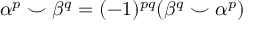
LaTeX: \alpha ^ { p } \smile \beta ^ { q } = ( - 1 ) ^ { p q } ( \beta ^ { q } \smile \alpha ^ { p } )